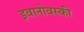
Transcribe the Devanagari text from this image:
इवानोवस्की